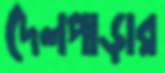
দেলপাড়ার